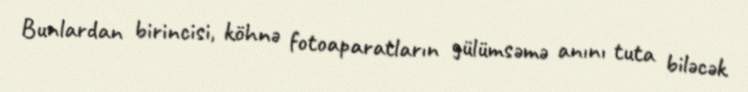
Bunlardan birincisi, köhnə fotoaparatların gülümsəmə anını tuta biləcək